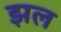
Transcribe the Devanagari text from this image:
झल